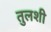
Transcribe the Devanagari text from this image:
तुलशी